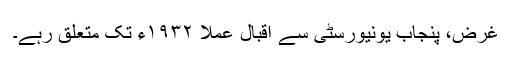
غرض، پنجاب یونیورسٹی سے اقبال عملاً ١٩٣٢ء تک متعلق رہے۔